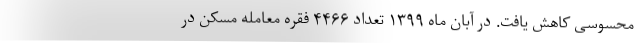
محسوسی کاهش یافت. در آبان ماه ۱۳۹۹ تعداد ۴۴۶۶ فقره معامله مسکن در